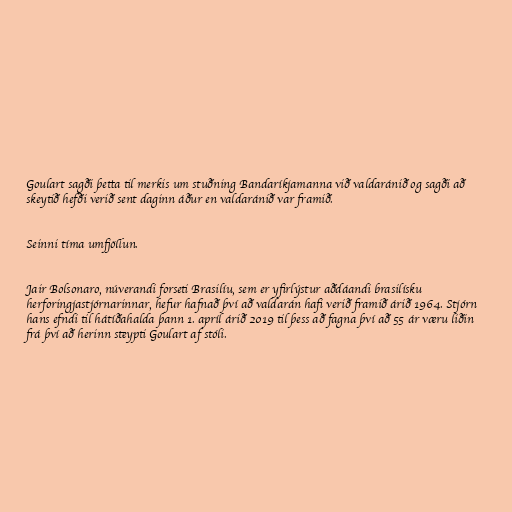
Goulart sagði þetta til merkis um stuðning Bandaríkjamanna við valdaránið og sagði að
skeytið hefði verið sent daginn áður en valdaránið var framið.

Seinni tíma umfjöllun.

Jair Bolsonaro, núverandi forseti Brasilíu, sem er yfirlýstur aðdáandi brasilísku
herforingjastjórnarinnar, hefur hafnað því að valdarán hafi verið framið árið 1964. Stjórn
hans efndi til hátíðahalda þann 1. apríl árið 2019 til þess að fagna því að 55 ár væru liðin
frá því að herinn steypti Goulart af stóli.